Vaccination United Provinces of Agra and Oudh 1902-1913 - 1902-1913
Year: 1902
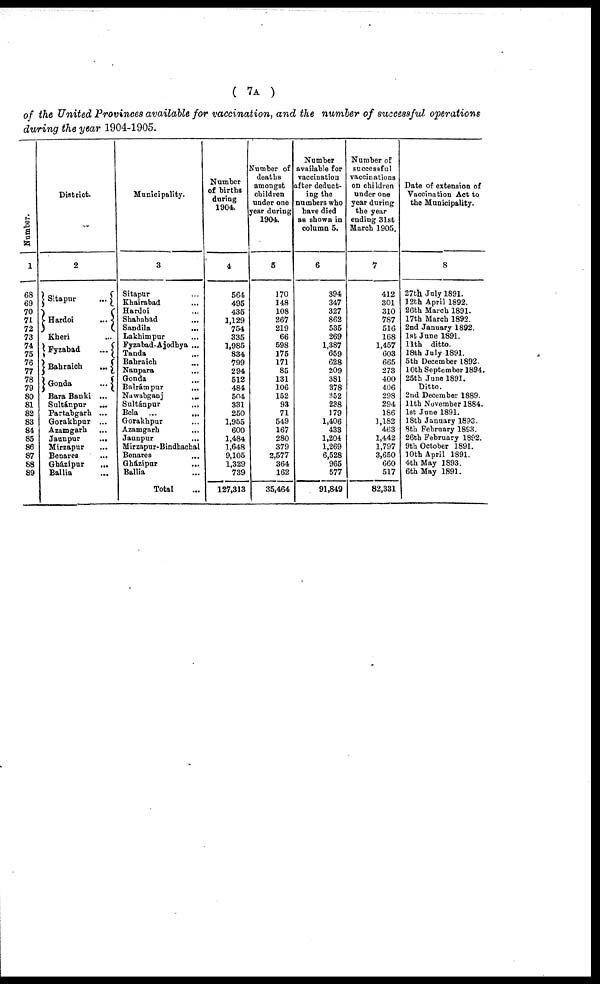
( 7A )
of the United Provinces available for vaccination, and the number of successful operations
during the year 1904-1905.
Number.
1
68
69
70
71
72
73
74
75
76
77
78
79
80
81
82
83
84
85
86
87
88
89
District.
2
Sitapur
...
Hardoi
...
Kheri ...
Fyzabad
...
Bahraich
...
Gonda
...
Bara Banki ...
Sultánpur
...
Partabgarh ...
Gorakhpur ...
Azamgarh ...
Jaunpur ...
Mirzapur ...
Benares ...
Gházipur
...
Ballia ...
Municipality.
3
Sitapur ...
Khairabad ...
Hardoi ...
Shahabad ...
Sandila ...
Lakhimpur
...
Fyzabad-Ajodhya ...
Tanda ...
Bahraich ...
Nanpara ...
Gonda ...
Balrámpur
...
Nawabganj
...
Sultánpur
...
Bela ... ...
Gorakhpur ...
Azamgarh
...
Jaunpur ...
Mirzapur-Bindhachal
Benares ...
Gházipur
...
Ballia ...
Total ...
Number
of births
during
1904.
4
564
495
435
1,129
754
335
1,985
834
799
294
512
484
504
331
250
1,955
600
1,484
1,648
9,105
1,329
739
127,313
Number of
deaths
amongst
children
under one
year during
1904.
5
170
148
108
267
219
66
598
175
171
85
131
106
152
93
71
549
167
280
379
2,577
364
162
35,464
Number
available for
vaccination
after deduct-
ing the
numbers who
have died
as shown in
column 5.
6
394
347
327
862
535
269
1,387
659
628
209
381
378
352
238
179
1,406
433
1,204
1,269
6,528
965
577
91,849
Number of
successful
vaccinations
on children
under one
year during
the year
ending 31st
March 1905.
7
412
301
310
787
516
168
1,457
603
665
273
400
406
298
294
186
1,182
463
1,442
1,797
3,650
660
517
82,331
Date of extension of
Vaccination Act to
the Municipality.
8
27th July 1891.
12th April 1892.
26th March 1891.
17th March 1892.
2nd January 1892.
1st June 1891.
11th ditto.
18th July 1891.
5th December 1892.
10th September 1894.
25th June 1891.
Ditto.
2nd December 1889.
11th November 1884.
1st June 1891.
18th January 1893.
8th February 1893.
26th February 1892.
9th October 1891.
10th April 1891.
4th May 1893.
6th May 1891.